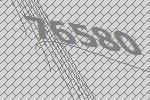
76580